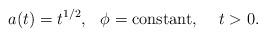
LaTeX: \begin{align*}a(t) = t^{1/2}, \hskip0.3cm \phi = {\rm constant}, \hskip0.5cm t > 0.\end{align*}